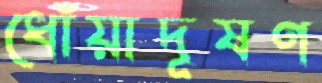
ধোঁয়াদূষণ